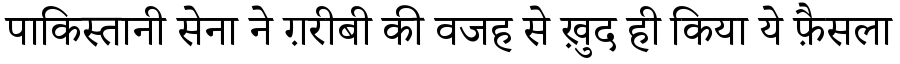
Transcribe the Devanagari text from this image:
पाकिस्तानी सेना ने ग़रीबी की वजह से ख़ुद ही किया ये फ़ैसला